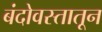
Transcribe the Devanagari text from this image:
बंदोवस्तातून